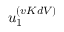
u _ { 1 } ^ { ( v K d V ) }